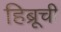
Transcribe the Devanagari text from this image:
हिब्रूची